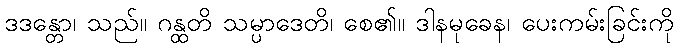
ဒဒန္တော၊ သည်။ ဂန္ထတိ သမ္ပာဒေတိ၊ စေ၏။ ဒါနမုခေန၊ ပေးကမ်းခြင်းကို